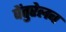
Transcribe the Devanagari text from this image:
वेंतुरेलब